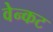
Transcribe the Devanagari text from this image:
वेन्कट